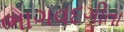
ભાગવદગીતા